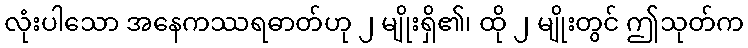
လုံးပါသော အနေကဿရဓာတ်ဟု ၂ မျိုးရှိ၏၊ ထို ၂ မျိုးတွင် ဤသုတ်က